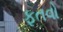
ફતવો